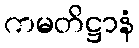
ကမတိဋ္ဌာနံ